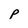
Character: p